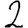
Digit: 2